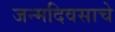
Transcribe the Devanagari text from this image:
जन्मदिवसाचे